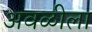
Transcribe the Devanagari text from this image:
अवळीला